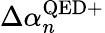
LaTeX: \Delta\alpha_{n}^{\mathrm{QED+}}